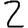
Digit: 2